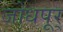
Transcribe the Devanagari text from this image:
जोधपूर्